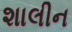
શાલીન